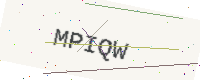
Text: MPIQW